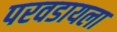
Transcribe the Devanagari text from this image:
परवडायला